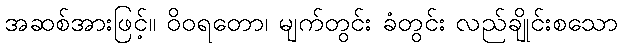
အဆစ်အားဖြင့်။ ဝိဝရတော၊ မျက်တွင်း ခံတွင်း လည်ချိုင်းစသော